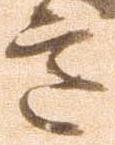
意